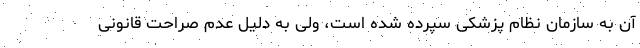
آن به سازمان نظام پزشکی سپرده شده است، ولی به دلیل عدم صراحت قانونی